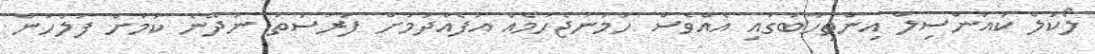
ލޯކަލް ކައުންސިލް އިންތިހާބުގައި އެއްވެސް ހަމަނުޖެހުމެއް އުފެއްދުމަށް ފުރުސަތު ނުދޭނެ ކަމަށް ފުލުހުން